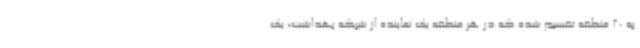
به 20 منطقه تقسیم شده که در هر منطقه یک نماینده از شبکه بهداشت، یک